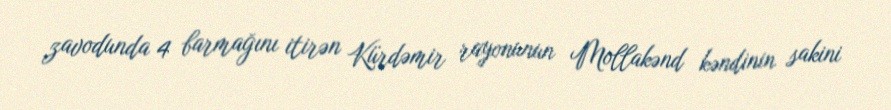
zavodunda 4 barmağını itirən Kürdəmir rayonunun Mollakənd kəndinin sakini